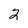
Character: 2